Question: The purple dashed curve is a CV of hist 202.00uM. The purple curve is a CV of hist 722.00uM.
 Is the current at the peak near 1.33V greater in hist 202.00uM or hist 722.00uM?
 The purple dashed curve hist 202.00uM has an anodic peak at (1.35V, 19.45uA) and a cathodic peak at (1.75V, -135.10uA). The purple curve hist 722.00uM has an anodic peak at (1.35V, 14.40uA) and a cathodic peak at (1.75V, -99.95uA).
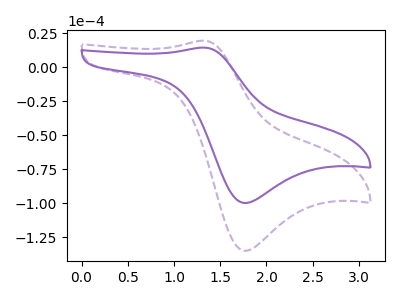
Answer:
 <answer>The peak at 1.33V is higher in "hist 202.00uM" than in "hist 722.00uM".</answer>
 <eval>higher</eval>